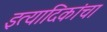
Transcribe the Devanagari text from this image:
इत्यादिकांचा